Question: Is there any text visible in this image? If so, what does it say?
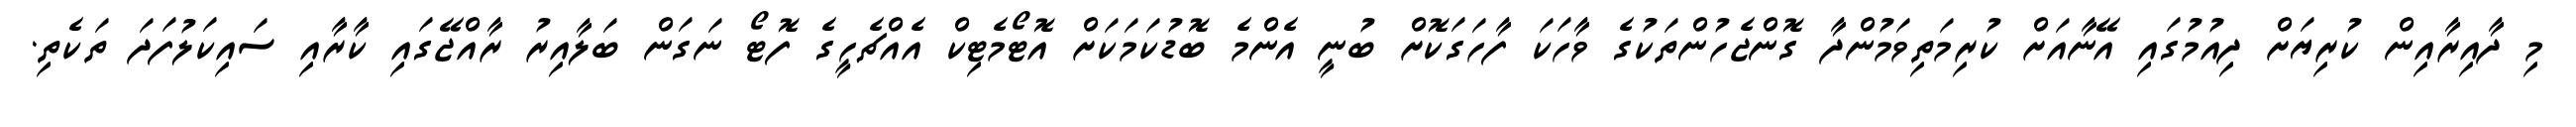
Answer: މި ދާއިރާއިން ކުރިޔަށް ދިއުމުގައި އޭނާއަށް ކުރިމަތިވަމުންދާ ގޮންޖެހުންތަކުގެ ވާހަކަ ފާހަގަކޮށް ބުނީ އެންމެ ބޮޑުކަމަކަށް އޮޓޯމެޓިކް އެއްޗެހީގެ ފޮޓޯ ނަގަން ބަލާއިރު ރާއްޖޭގައި ކާރާއި ސައިކަލުފަދަ ތަކެތި.